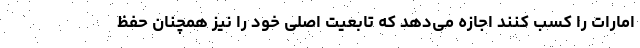
امارات را کسب کنند اجازه می‌دهد که تابعیت اصلی خود را نیز همچنان حفظ